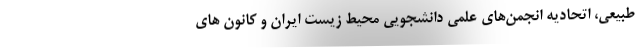
طبیعی، اتحادیه انجمن‌های علمی دانشجویی محیط زیست ایران و کانون های